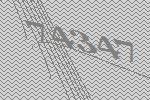
74347